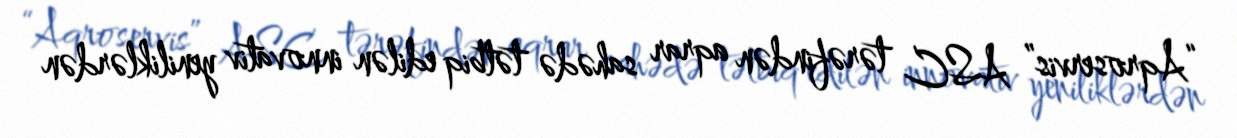
“Aqroservis” ASC tərəfindən aqrar sahədə tətbiq edilən innovativ yeniliklərdən